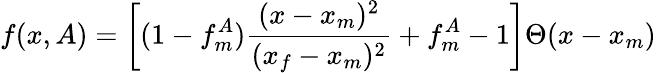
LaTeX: f(x,A)=\biggl[(1-f_{m}^{A})\frac{(x-x_{m})^{2}}{(x_{f}-x_{m})^{2}}+f_{m}^{A}-1\biggr]\Theta(x-x_{m})\,